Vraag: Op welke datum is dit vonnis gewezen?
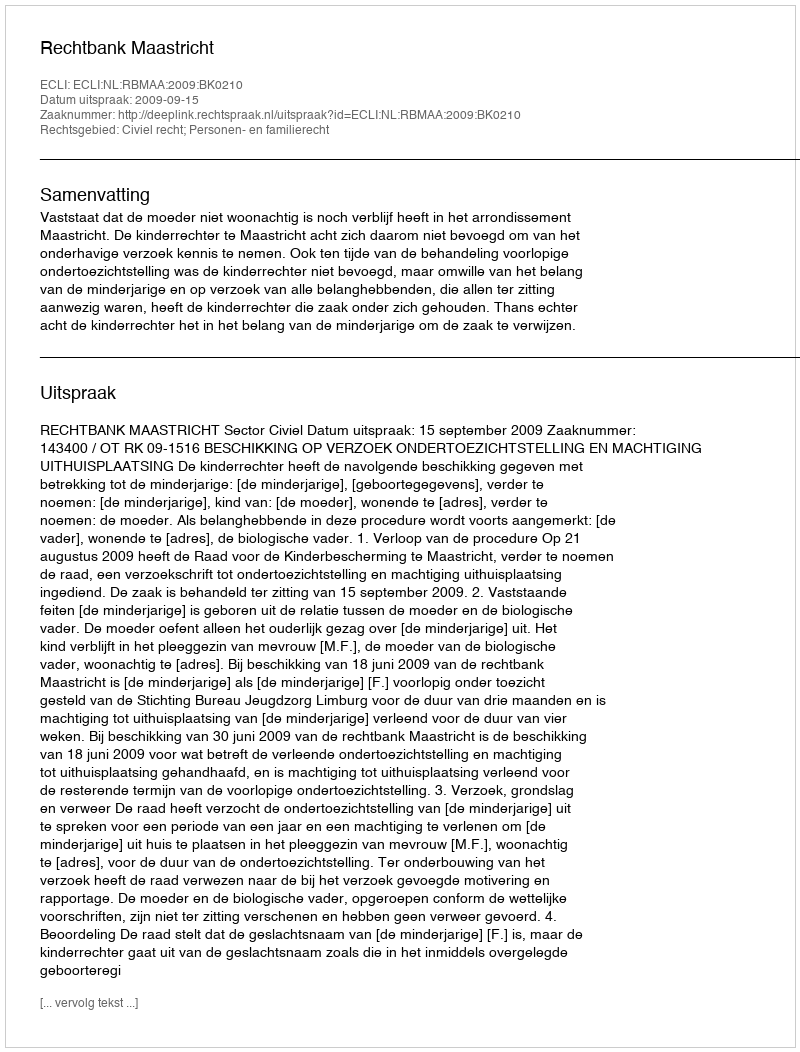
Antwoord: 2009-09-15